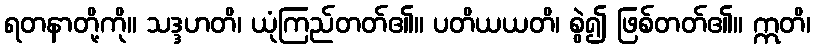
ရတနာတို့ကို။ သဒ္ဒဟတိ၊ ယုံကြည်တတ်၏။ ပတိယယတိ၊ စွဲ၍ ဖြစ်တတ်၏။ ဣတိ၊